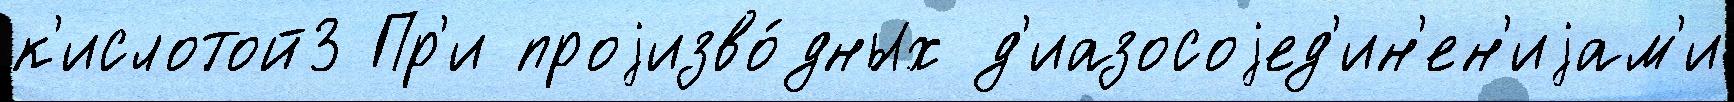
к'ислотой3 Пр'и проjизво́дных д'иазосоjед'ин'ен'иjам'и